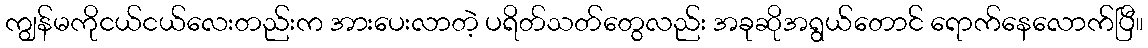
ကျွန်မကိုငယ်ငယ်လေးတည်းက အားပေးလာတဲ့ ပရိတ်သတ်တွေလည်း အခုဆိုအရွယ်တောင် ရောက်နေလောက်ပြီ။